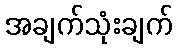
အချက်သုံးချက်